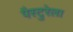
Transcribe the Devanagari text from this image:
पैस्टुरेला